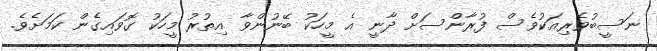
ނަސީބުވެރިއަކުވެސް ފުރާންސަށް ދާނީ އެ މީހަކު ބޭނުންވާ އިތުރު މީހަކު ގޮވައިގެން ކަމަށެވެ.